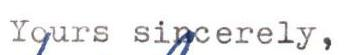
Yours sincerely,